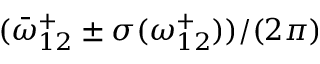
( \bar { \omega } _ { 1 2 } ^ { + } \pm \sigma ( { \omega _ { 1 2 } ^ { + } } ) ) / ( 2 \pi )